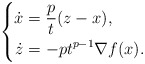
\begin{align*} \left\{ \begin{aligned} \dot{x} &= \frac{p}{t} (z - x),\\ \dot{z} &= -pt^{p-1} \nabla f(x). \end{aligned} \right. \end{align*}